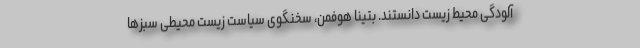
آلودگی محیط زیست دانستند. بتینا هوفمن، سخنگوی سیاست زیست محیطی سبزها